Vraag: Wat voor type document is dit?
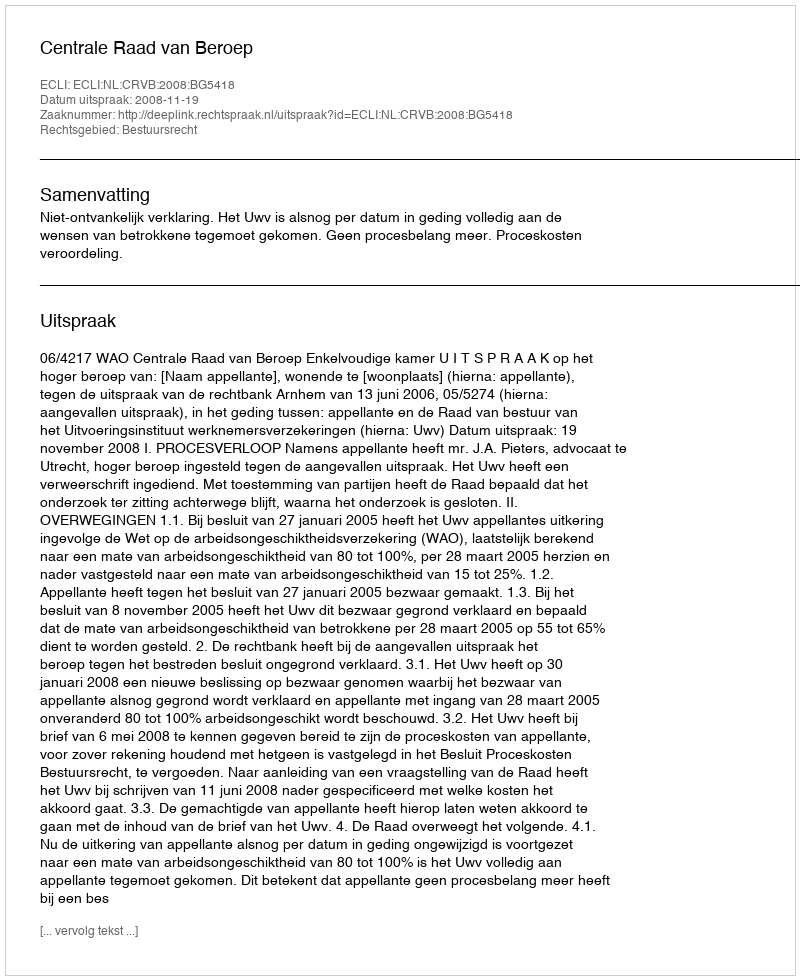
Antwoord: Uitspraak